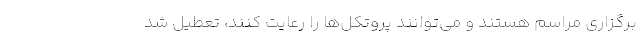
برگزاری مراسم هستند و می‌توانند پروتکل‌ها را رعایت کنند، تعطیل شد